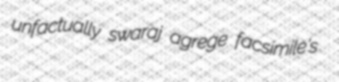
unfactually swaraj agrege facsimile's